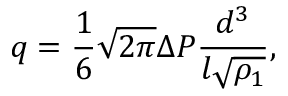
q = { \frac { 1 } { 6 } } { \sqrt { 2 \pi } } \Delta P { \frac { d ^ { 3 } } { l { \sqrt { \rho _ { 1 } } } } } ,